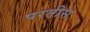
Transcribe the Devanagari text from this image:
परतीस